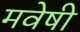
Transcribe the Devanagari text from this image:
मवेषी